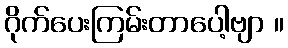
ဂိုက်ပေးကြမ်းတာပေါ့ဗျာ ။